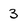
Character: 3